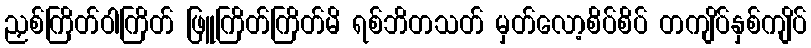
ညှစ်ကြိတ်ဝါကြိတ် ဖြူကြိတ်ကြိတ်မိ ရစ်ဘိတသတ် မှတ်လော့စိပ်စိပ် တကျိပ်နှစ်ကျိပ်